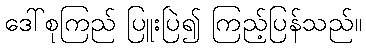
ဒေါ်စုကြည် ပြူးပြဲ၍ ကြည့်ပြန်သည်။